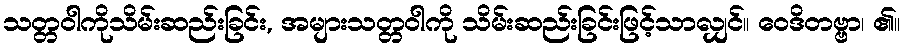
သတ္တဝါကိုသိမ်းဆည်းခြင်း, အများသတ္တဝါကို သိမ်းဆည်းခြင်းဖြင့်သာလျှင်။ ဝေဒိတဗ္ဗာ၊ ၏။